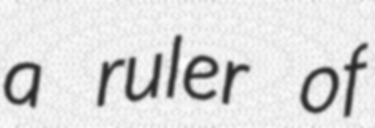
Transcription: a ruler of